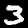
Label: 3